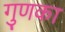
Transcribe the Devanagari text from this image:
गुणका